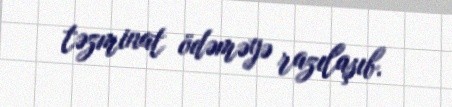
təzminat ödəməyə razılaşıb.